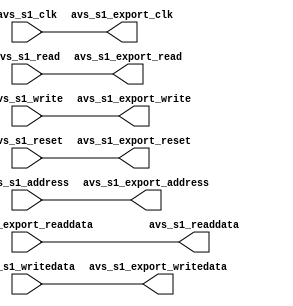
module CAMERA_IF(	
					avs_s1_clk,
					avs_s1_address,
					avs_s1_readdata,
					avs_s1_read,
					avs_s1_writedata,
					avs_s1_write,
					avs_s1_reset,
					avs_s1_export_clk,
					avs_s1_export_address,
					avs_s1_export_readdata,
					avs_s1_export_read,
					avs_s1_export_writedata,
					avs_s1_export_write,
					avs_s1_export_reset
				 );
input				avs_s1_clk;
input	[1:0]		avs_s1_address;
output	[31:0]		avs_s1_readdata;
input				avs_s1_read;
input	[31:0]		avs_s1_writedata;
input				avs_s1_write;
input				avs_s1_reset;
output				avs_s1_export_clk;
output	[1:0]		avs_s1_export_address;
input	[31:0]		avs_s1_export_readdata;
output				avs_s1_export_read;
output	[31:0]		avs_s1_export_writedata;
output				avs_s1_export_write;
output				avs_s1_export_reset;
assign	avs_s1_export_clk = avs_s1_clk;
assign	avs_s1_export_address = avs_s1_address;
assign	avs_s1_readdata = avs_s1_export_readdata;
assign	avs_s1_export_read = avs_s1_read;
assign	avs_s1_export_writedata = avs_s1_writedata;
assign	avs_s1_export_write = avs_s1_write;
assign	avs_s1_export_reset = avs_s1_reset;
endmodule